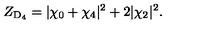
Z _ { \mathrm { D } _ { 4 } } = | \chi _ { 0 } + \chi _ { 4 } | ^ { 2 } + 2 | \chi _ { 2 } | ^ { 2 } .